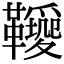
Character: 𩍫